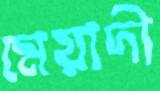
মেয়াদী